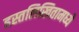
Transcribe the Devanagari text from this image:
हस्तलिखितामध्ये